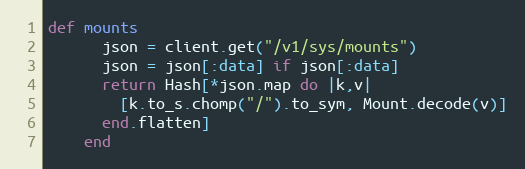
Language: Ruby
def mounts
      json = client.get("/v1/sys/mounts")
      json = json[:data] if json[:data]
      return Hash[*json.map do |k,v|
        [k.to_s.chomp("/").to_sym, Mount.decode(v)]
      end.flatten]
    end